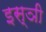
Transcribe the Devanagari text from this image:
इस्ञी